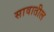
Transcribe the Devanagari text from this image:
सावातील